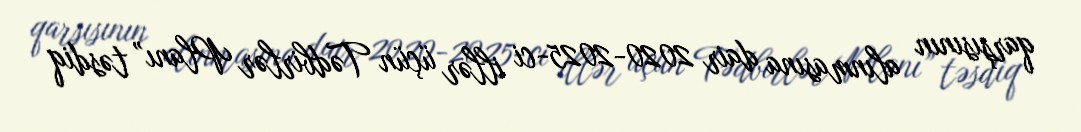
qarşısının alınmasına dair 2020-2025-ci illər üçün Tədbirlər Planı” təsdiq